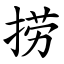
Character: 捞